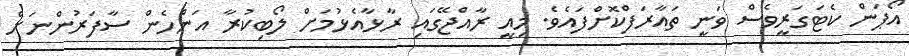
އޯޕަން ކެޓަގަރީވެސް ވަނީ ތައާރަފްކޮށްފައެވެ. މިއީ ރާއްޖޭގައި ރާޅާއެޅުމަށް ލޯބިކުރާ އަންހެން ސާފަރުންނަށް